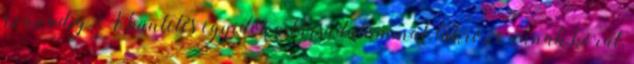
századig A büntetés egyidős a társadalommal, tükrözi annak korát,